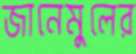
জানেমুলের